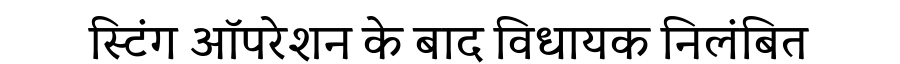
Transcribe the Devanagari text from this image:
स्टिंग ऑपरेशन के बाद विधायक निलंबित